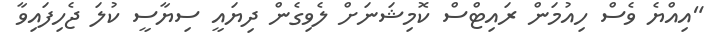
"އިއްޔެ ވެސް ހިއުމަން ރައިޓްސް ކޮމިޝަނަށް ލެވިގެން ދިޔައީ ސިޔާސީ ކުލަ ޖެހިފައިވާ